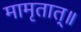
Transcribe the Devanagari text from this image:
मामृतात्॥